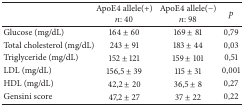
<table><thead><tr><td><b> </b></td><td><b>ApoE4 allele(+) <i>n</i>: 40</b></td><td><b>ApoE4 allele(−)<i>n</i>: 98</b></td><td><b><i>p</i></b></td></tr></thead><tbody><tr><td>Glucose (mg/dL)</td><td>164 ± 60</td><td>169 ± 81</td><td>0,79</td></tr><tr><td>Total cholesterol (mg/dL)</td><td>243 ± 91</td><td>183 ± 44</td><td>0,03</td></tr><tr><td>Triglyceride (mg/dL)</td><td>152 ± 121</td><td>159 ± 101</td><td>0,51</td></tr><tr><td>LDL (mg/dL)</td><td>156,5 ± 39</td><td>115 ± 31</td><td>0,001</td></tr><tr><td>HDL (mg/dL)</td><td>42,2 ± 20</td><td>36,5 ± 8</td><td>0,27</td></tr><tr><td>Gensini score</td><td>47,2 ± 27</td><td>37 ± 22</td><td>0,22</td></tr></tbody></table>